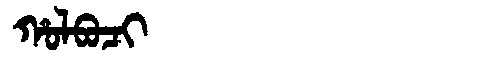
Manchu: ᡥᠣᠯᠪᠣᠴᡳ
Romanization: HOLBOCI